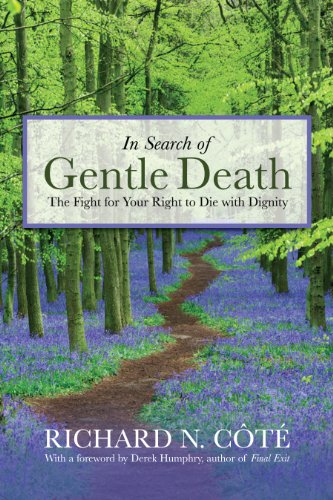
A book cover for In Search of Gentle Death: The Fight for Your Right to Die With Dignity; Richard N. CÃ´tÃ©; Self-Help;